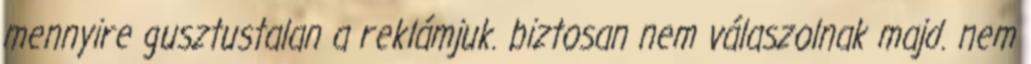
mennyire gusztustalan a reklámjuk. biztosan nem válaszolnak majd. nem